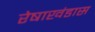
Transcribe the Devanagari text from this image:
रेषाखंडास